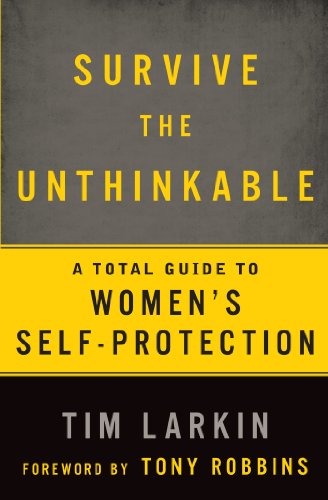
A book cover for Survive the Unthinkable: A Total Guide to Women's Self-Protection; Tim Larkin; Health, Fitness & Dieting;